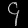
Digit: ၄